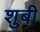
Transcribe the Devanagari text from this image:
शुबी